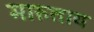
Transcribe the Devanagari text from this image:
मारुताय